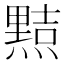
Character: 𭶑